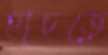
হাচড়ে